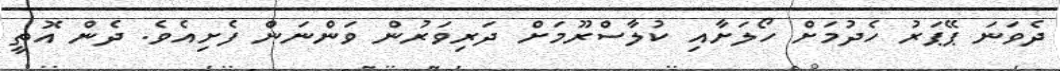
ދެވަނަ ޕޭޕަރު ހެދުމަށް ހޯލަށާއި ކުލާސްރޫމަށް ދަރިވަރުން ވަންނަން ފެށިއެވެ. ދެން އޮތީ